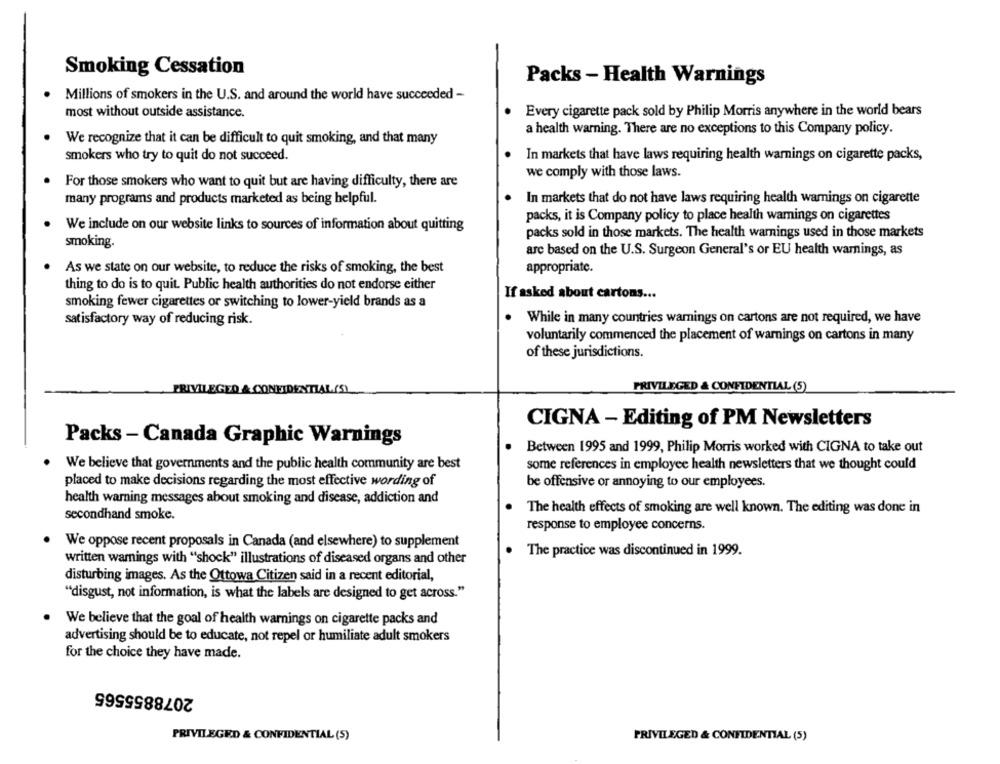
Smoking Cessation
Packs - Health Warnings
Millions of smokers in the U.S. and around the world have succeeded -
most without outside assistance.
Every cigarette pack sold by Philip Morris anywhere in the world bears
a health warning. There are no exceptions to this Company policy.
We recognize that it can be difficult to quit smoking, and that many
smokers who try to quit do not succeed.
In markets that have laws requiring health warnings on cigarette packs,
we comply with those laws.
For those smokers who want to quit but are having difficulty, there are
many programs and products marketed as being helpful.
In markets that do not have laws requiring health warnings on cigarette
packs, it is Company policy to place health warnings on cigarettes
We include on our website links to sources of information about quitting
packs sold in those markets. The health warnings used in those markets
smoking.
are based on the U.S. Surgeon General's or EU health warnings, as
As we state on our website, to reduce the risks of smoking, the best
appropriate.
thing to do is to quit. Public health authorities do not endorse either
If asked about cartons ...
smoking fewer cigarettes or switching to lower-yield brands as a
satisfactory way of reducing risk.
.
While in many countries warnings on cartons are not required, we have
voluntarily commenced the placement of warnings on cartons in many
of these jurisdictions.
PRIVILEGED & CONFIDENTIAL(S)
PRIVILEGED & CONFIDENTIAL (5)
CIGNA - Editing of PM Newsletters
Packs - Canada Graphic Warnings
Between 1995 and 1999, Philip Morris worked with CIGNA to take out
We believe that governments and the public health community are best
some references in employee health newsletters that we thought could
placed to make decisions regarding the most effective wording of
be offensive or annoying to our employees.
health warning messages about smoking and disease, addiction and
The health effects of smoking are well known. The editing was done in
secondhand smoke.
response to employee concerns.
We oppose recent proposals in Canada (and elsewhere) to supplement
The practice was discontinued in 1999.
written warnings with "shock" illustrations of diseased organs and other
disturbing images. As the Ottowa Citizen said in a recent editorial,
"disgust, not information, is what the labels are designed to get across."
We believe that the goal of health warnings on cigarette packs and
advertising should be to educate, not repel or humiliate adult smokers
for the choice they have made.
2078855565
PRIVILEGED & CONFIDENTIAL (5)
PRIVILEGED & CONFIDENTIAL (5)